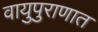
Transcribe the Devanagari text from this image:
वायुपुराणात